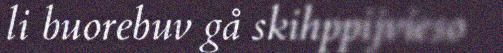
li buorebuv gå skihppijvieso